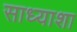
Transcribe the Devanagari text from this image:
साध्याशा